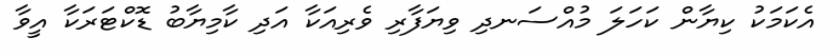
އެކަމަކު ކިޔާން ކަހަލަ މުއްސަނދި ވިޔަފާރި ވެރިއަކާ އަދި ކާމިޔާބު ޑޮކްޓަރަކާ އީވާ